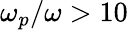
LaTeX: \omega_{p}/\omega>10